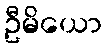
ဦမိယော